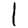
Digit: 1